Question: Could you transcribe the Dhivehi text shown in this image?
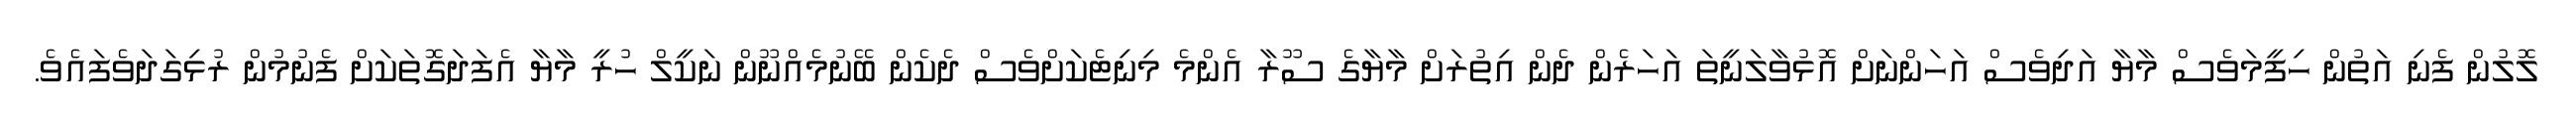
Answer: ލޮލުން ފެނި އަތުން ހިފީމަވެސް މާޔާ އަދިވެސް އަހަންނަށް އޮޅުވާލަނީތަ އަހަރެން ދެން އިތުރަށް މާޔާގެ ސޫރާ އެންމެ މިނިޓެކަށްވެސް ދެކެން ބޭނުމެއްނޫން ނަކީލް ހުރީ މާޔާ އެފަދަގޮތަކަށް ފެނުމުން ރުޅިގަދަވެފައެވެ.